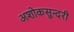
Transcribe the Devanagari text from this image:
अशोकसुन्दरी